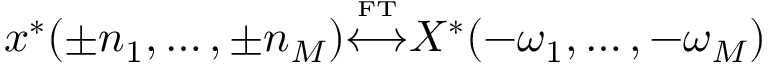
x ^ { * } ( \pm n _ { 1 } , \ldots , \pm n _ { M } ) { \overset { \underset { \mathrm { F T } } { } } { \longleftrightarrow } } X ^ { * } ( - \omega _ { 1 } , \ldots , - \omega _ { M } )